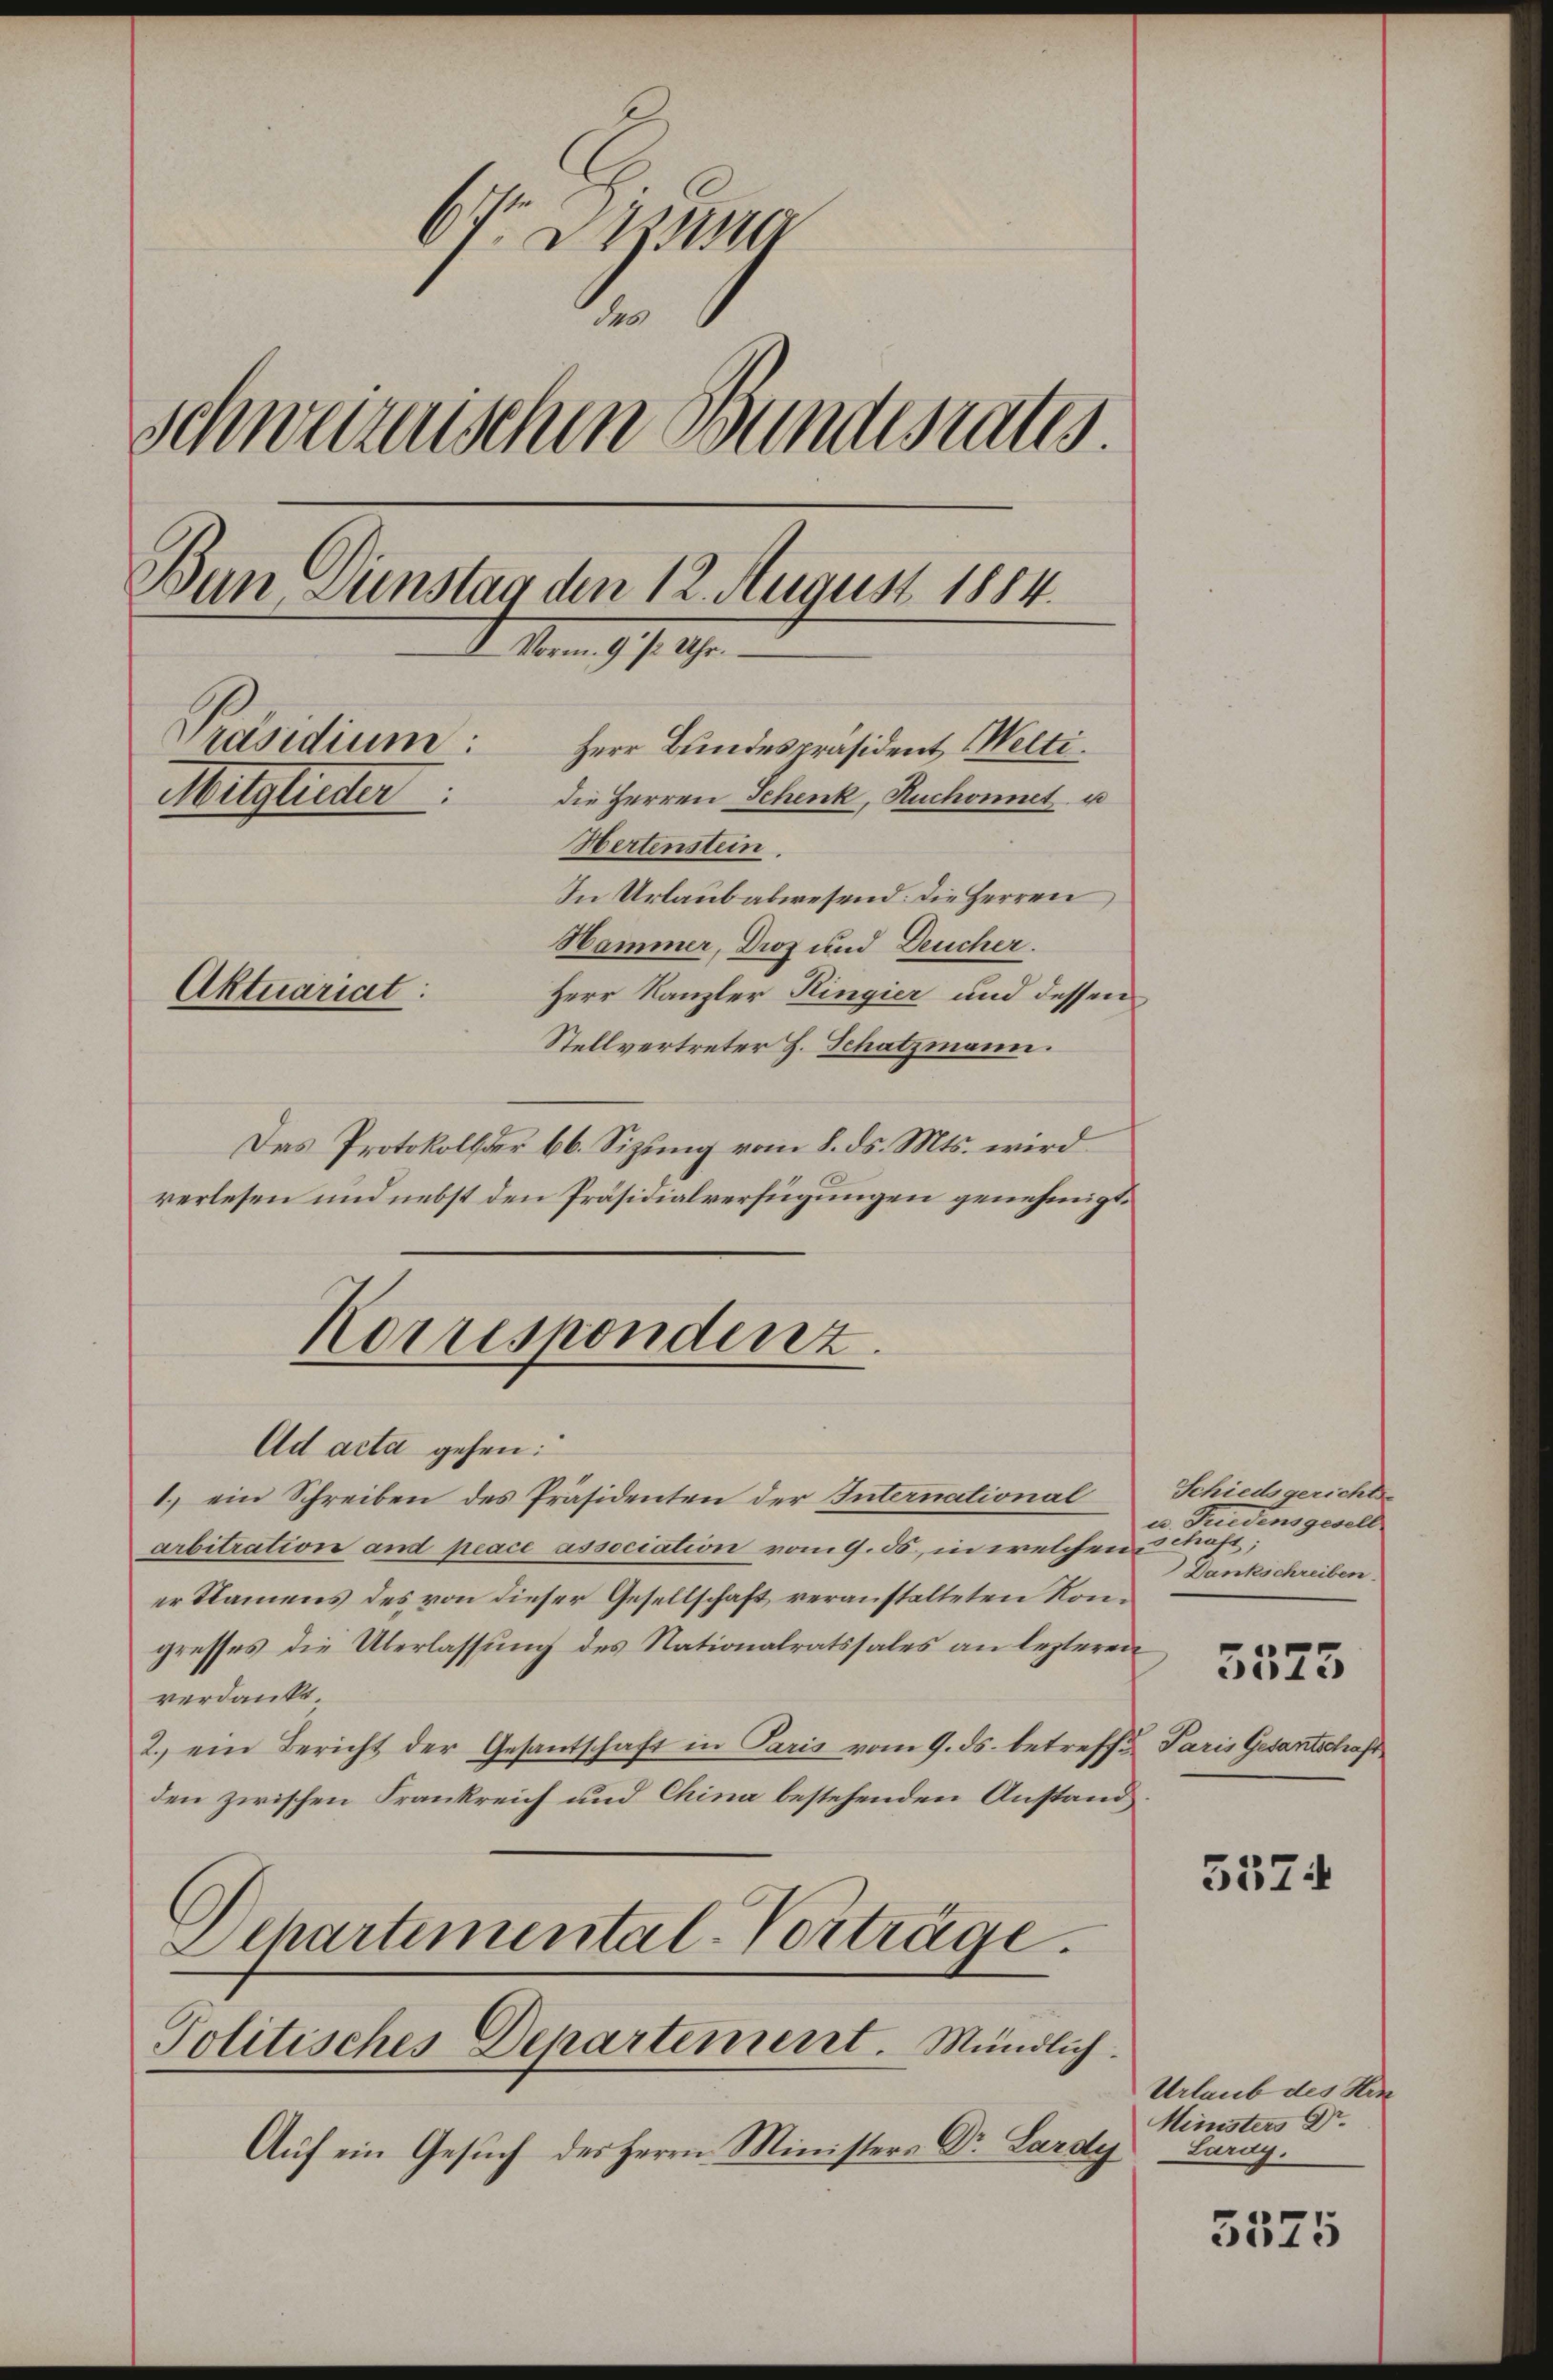
6 § 110
schweizerischen Bundesrates.
Bun Dienstag den 12. August 1884.
M. Mein 177. 1910.
Präsidium:
Herr Bundespräsident Welti.
Mitglieder
die Herren Schenk, Ruchonnet u
Hertenstein.
In Urlaubabwesend: die Herren
Hammer, Droz und Deucher.
Aktuariat
Herr Kanzler Kingier und dessen
Stellvertreter H. Schatzmann.

Das Protokollder 66. Sizung vom 8. ds. Mts. wird
verlesen und nebst den Präsidialverfügungen genehmigt.
Ad acta gehen:
1.) ein Schreiben des Präsidenten der International
arbitration and peace association vom 9. ds, in welchen Schaft;
er Namens des von dieser Gesellschaft veranstalteten Kongresses die Überlassŭng des Nationalratssales an lezteren
verdankt.
2. ein Bericht der Gesantschaft in Paris vom 9. ds. betreffe
den zwischen Frankreich und China bestehenden Anstand
Departemental-Vorträge.
Politisches Departement. Mündlich.
Auf ein Gesuch des Herrn Ministers Dr. Lardy

Korrespondenz.

Schiedsgerichts-
u. Tuidensgesell
Dankschreiben.
Paris Gesantschaft

5574

Urlaub des Hrn
Ministers Dr.
Larag.

5575